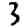
Digit: 3